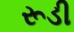
રૂડી